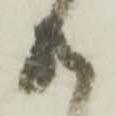
共